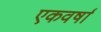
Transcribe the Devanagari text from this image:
एकवर्षा